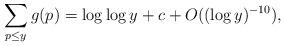
LaTeX: \begin{align*}\sum_{p\leq y}g(p) = \log\log y + c + O((\log y)^{-10}),\end{align*}